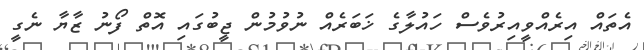
އެތައް އިރެއްވީއިރުވެސް ހައުލާގެ ޚަބަރެއް ނުވުމުން ޖީބުގައި އޮތް ފޯނު ޒާޔާ ނެގީ